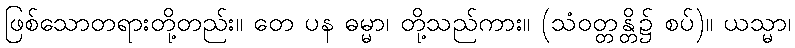
ဖြစ်သောတရားတို့တည်း။ တေ ပန ဓမ္မာ၊ တို့သည်ကား။ (သံဝတ္တန္တိ၌ စပ်)။ ယသ္မာ၊